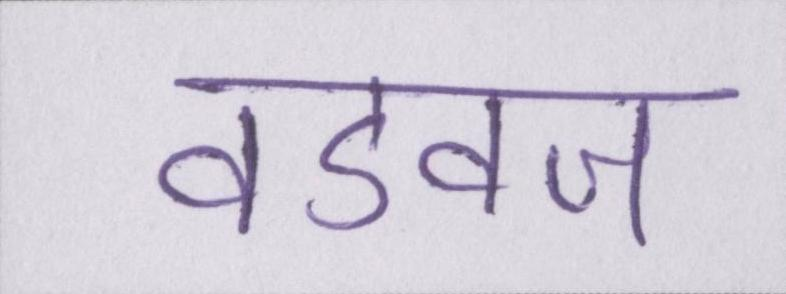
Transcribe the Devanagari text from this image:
वडवज